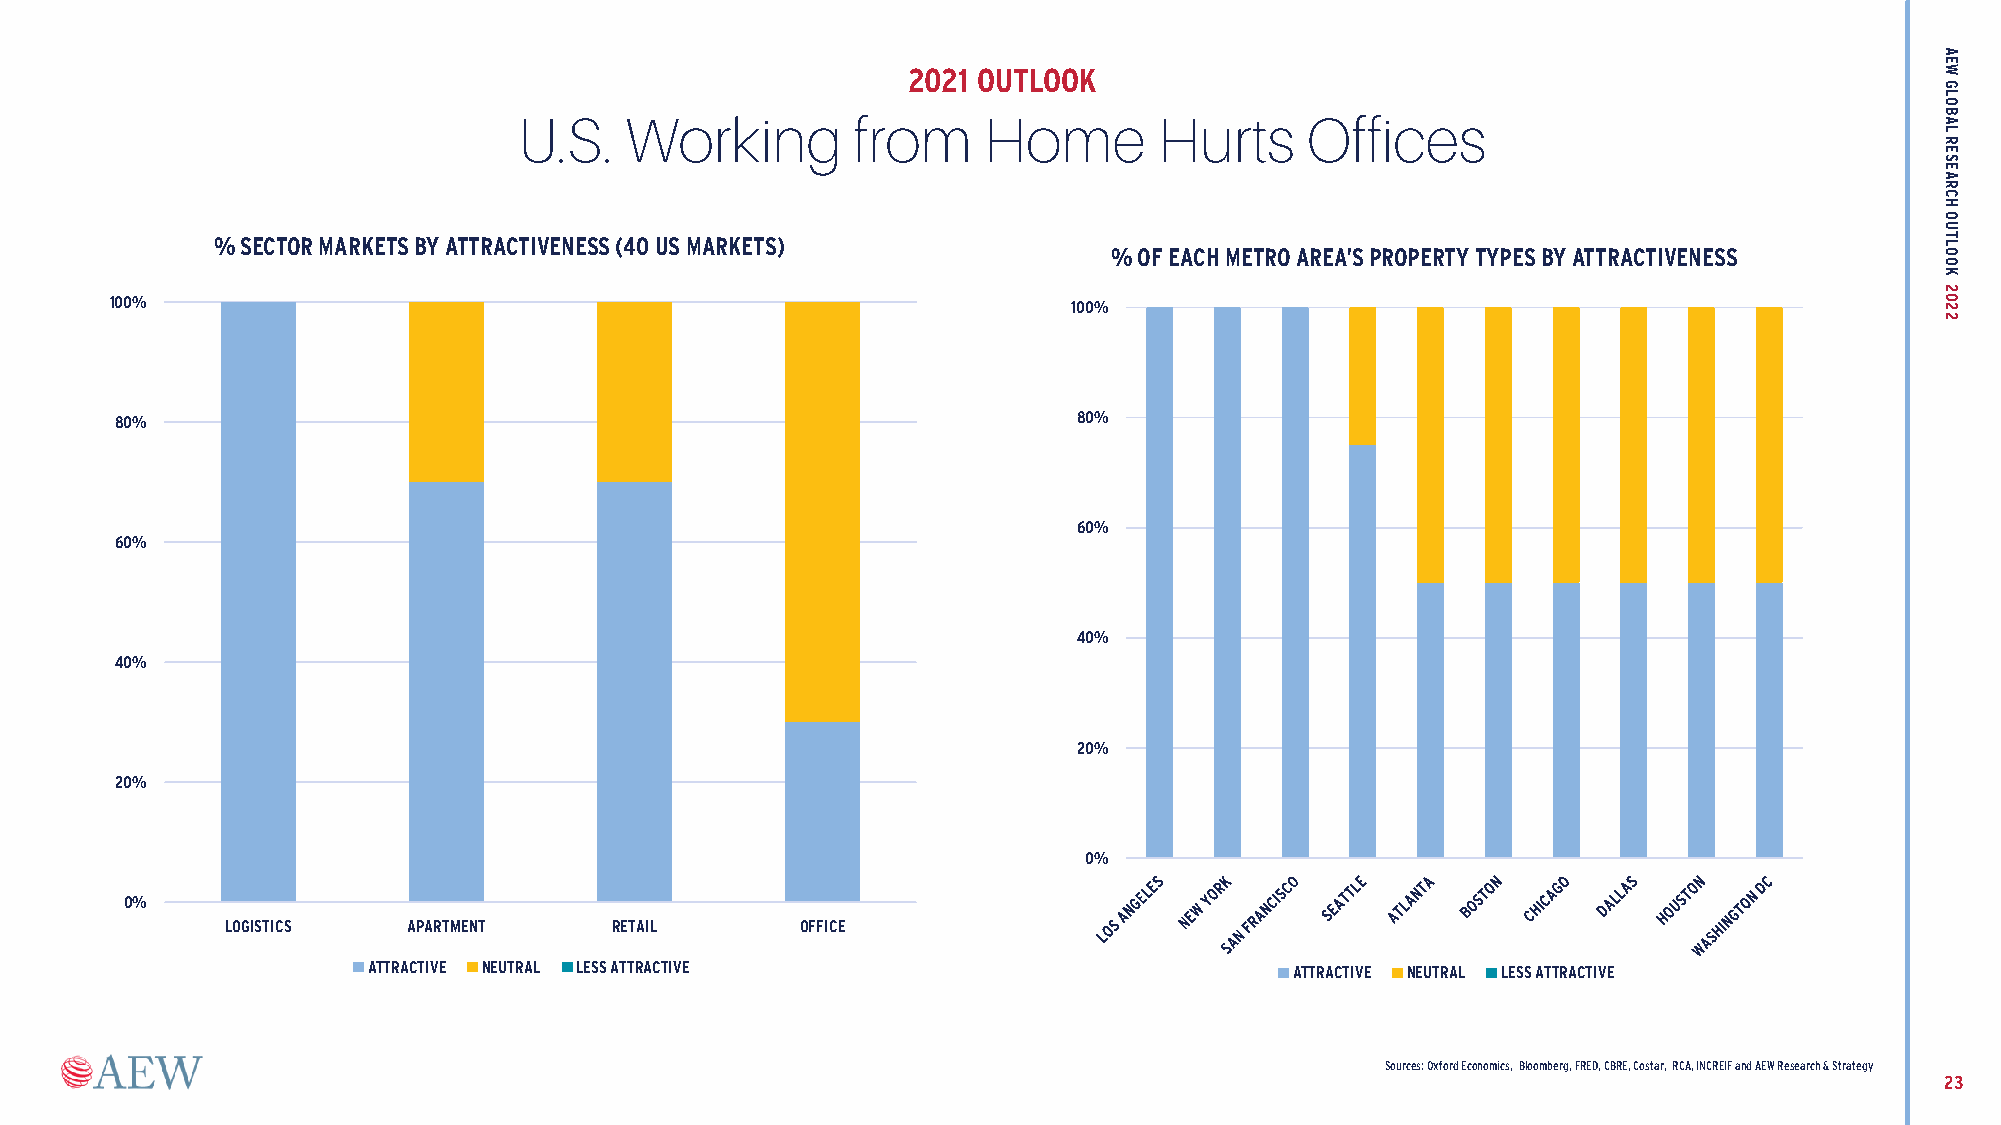
2021 OUTLOOK
 U.S.   Working        from     Home        Hurts    Offices
 % SECTOR MARKETS BY ATTRACTIVENESS (40 US MARKETS)
 % OF EACH METRO AREA’S PROPERTY TYPES BY ATTRACTIVENESS
 100%                                                            100%
 80%                                                            80%
 60%
 60%
 40%
 40%
 20%
 20%
 0%
 0%
 LOGISTICS   APARTMENT     RETAIL      OFFICE
 ATTRACTIVE NEUTRAL LESS ATTRACTIVE                            ATTRACTIVE NEUTRAL LESS ATTRACTIVE
 Sources: Oxford Economics, Bloomberg, FRED, CBRE, Costar, RCA, INCREIF and AEW Research & Strategy
 23
 AEW
 GLOBAL
 RESEARCH
 OUTLOOK
 2022